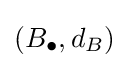
(B_{\bullet },d_{B})